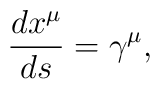
\frac{dx^\mu }{ds}=\gamma ^\mu ,